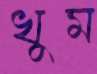
খুম